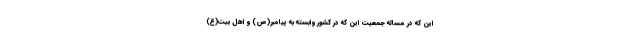
این که در مساله جمعیت این که در کشور وابسته به پیامبر(ص) و اهل بیت(ع)